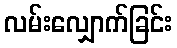
လမ်းလျှောက်ခြင်း